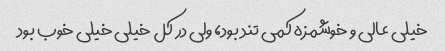
خیلی عالی و خوشمزه کمی تند بود، ولی در کل خیلی خیلی خوب بود